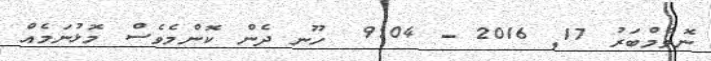
ނޮވެމްބަރު 17